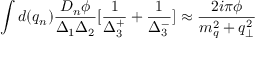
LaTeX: \int d ( q _ { n } ) \frac { D _ { n } \phi } { \Delta _ { 1 } \Delta _ { 2 } } [ \frac { 1 } { \Delta _ { 3 } ^ { + } } + \frac { 1 } { \Delta _ { 3 } ^ { - } } ] \approx \frac { 2 i \pi \phi } { m _ { q } ^ { 2 } + q _ { \perp } ^ { 2 } }